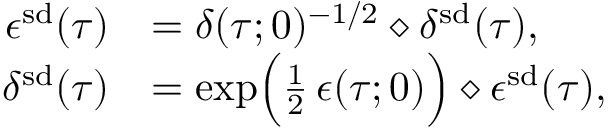
\begin{array} { r l } { \epsilon ^ { \smash { \mathrm { s d } } } ( \tau ) } & { = \delta ( \tau ; 0 ) ^ { - 1 / 2 } \diamond \delta ^ { \smash { \mathrm { s d } } } ( \tau ) , } \\ { \delta ^ { \smash { \mathrm { s d } } } ( \tau ) } & { = \exp \Bigl ( \frac { 1 } { 2 } \, \epsilon ( \tau ; 0 ) \Bigr ) \diamond \epsilon ^ { \smash { \mathrm { s d } } } ( \tau ) , } \end{array}